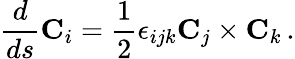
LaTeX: \frac{d}{ds}{\mathbf C}_{i}=\frac{1}{2}\epsilon_{ijk}{\mathbf C}_{j}\times{\mathbf C}_{k}\, .